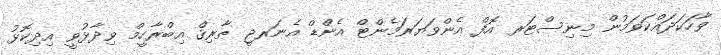
ވާހަކަދައްކަވަމުން މިނިސްޓަރ އޮފް އެންވަޔަރަމެންޓް އެންޑް އެނަރޖީ ޠާރިޤް އިބްރާހީމް ވިދާޅުވީ އިދިކޮޅު